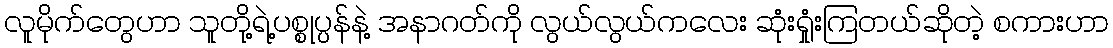
လူမိုက်တွေဟာ သူတို့ရဲ့ပစ္စုပ္ပန်နဲ့ အနာဂတ်ကို လွယ်လွယ်ကလေး ဆုံးရှုံးကြတယ်ဆိုတဲ့ စကားဟာ